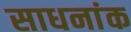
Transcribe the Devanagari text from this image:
साधनांक